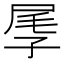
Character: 𡱬